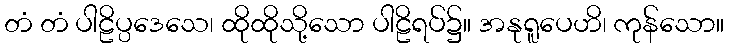
တံ တံ ပါဠိပ္ပဒေသေ၊ ထိုထိုသို့သော ပါဠိရပ်၌။ အနုရူပေဟိ၊ ကုန်သော။